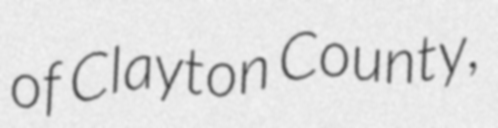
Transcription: of Clayton County,